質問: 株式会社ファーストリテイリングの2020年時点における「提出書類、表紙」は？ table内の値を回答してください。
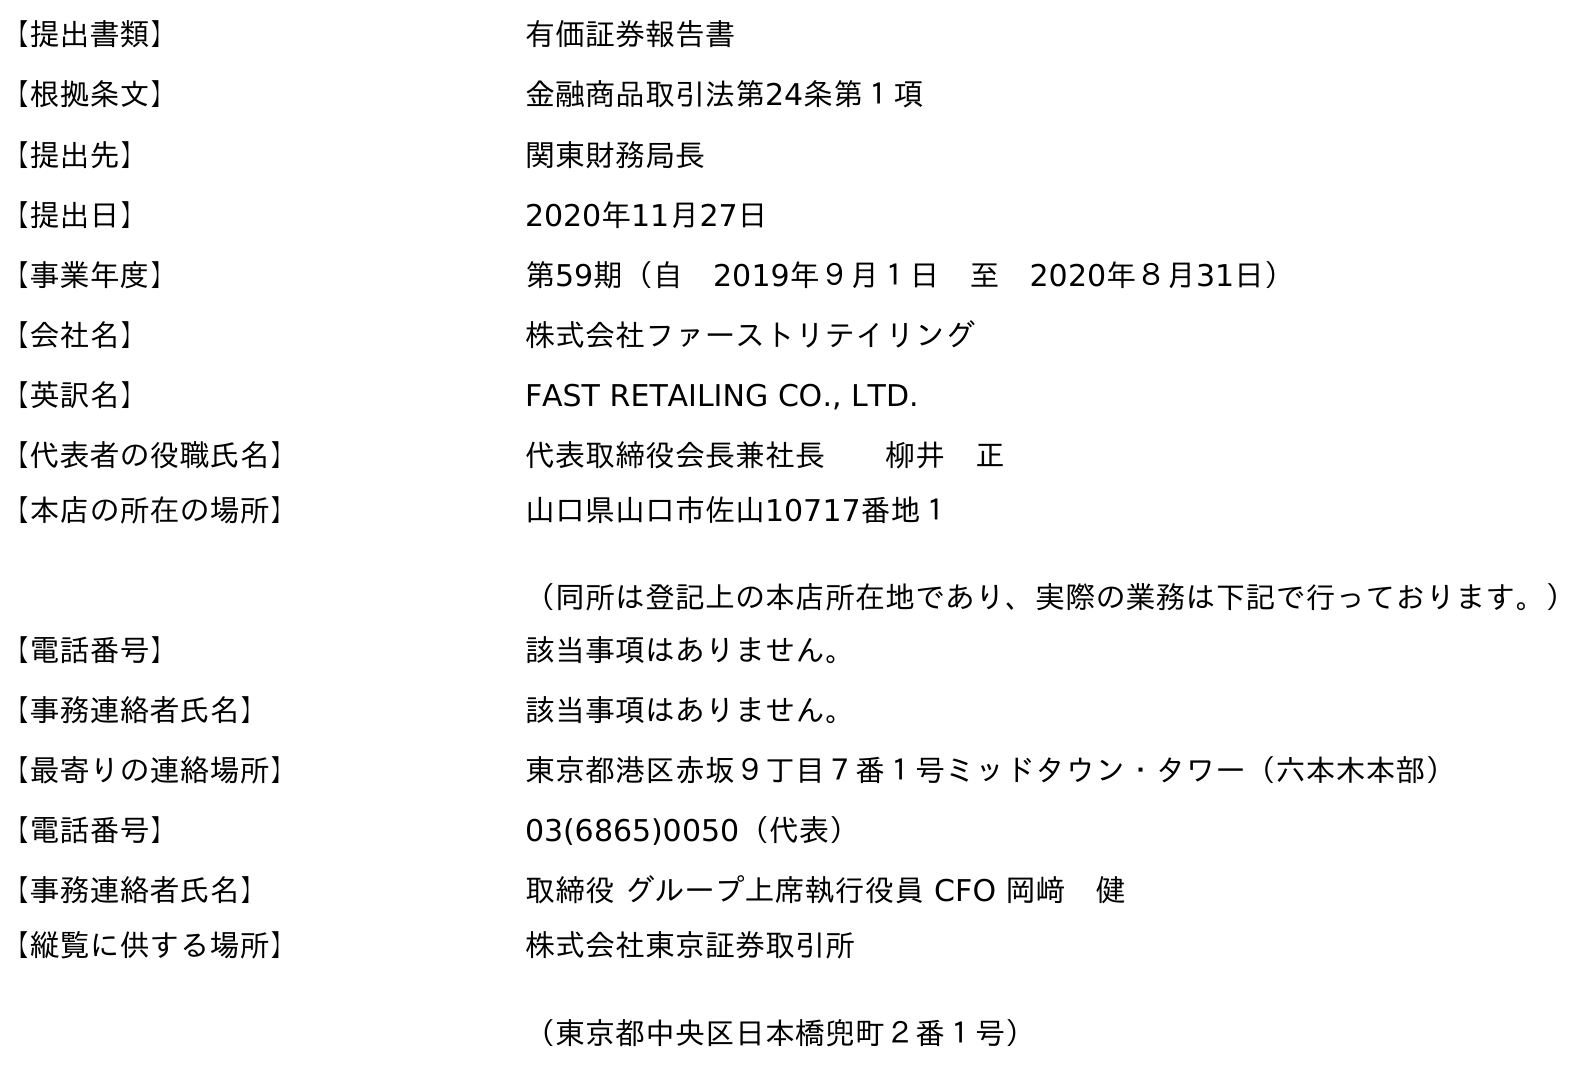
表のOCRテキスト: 【提出書類】 有価証券報告書 【根拠条文】 金融商品取引法第24条第１項 【提出先】 関東財務局長 【提出日】 2020年11月27日 【事業年度】 第59期（自 2019年９月１日 至 2020年８月31日） 【会社名】 株式会社ファーストリテイリング 【英訳名】 FAST RETAILING CO., LTD. 【代表者の役職氏名】 代表取締役会長兼社長  柳井 正 【本店の所在の場所】 山口県山口市佐山10717番地１ （同所は登記上の本店所在地であり、実際の業務は下記で行っております。） 【電話番号】 該当事項はありません。 【事務連絡者氏名】 該当事項はありません。 【最寄りの連絡場所】 東京都港区赤坂９丁目７番１号ミッドタウン・タワー（六本木本部） 【電話番号】 03(6865)0050（代表） 【事務連絡者氏名】 取締役 グループ上席執行役員 CFO 岡﨑 健 【縦覧に供する場所】 株式会社東京証券取引所 （東京都中央区日本橋兜町２番１号）
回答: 有価証券報告書